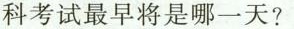
科考试最早将是哪一天?